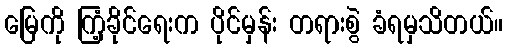
မြေကို ကြံ့ခိုင်ရေးက ပိုင်မှန်း တရားစွဲ ခံရမှသိတယ်။